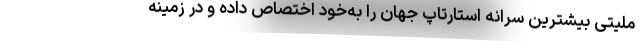
ملیتی بیشترین سرانه استارتاپ جهان را به‌خود اختصاص داده و در زمینه